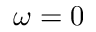
\omega = 0